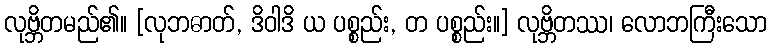
လုဗ္ဘိတမည်၏။ [လုဘဓာတ်, ဒိဝါဒိ ယ ပစ္စည်း, တ ပစ္စည်း။] လုဗ္ဘိတဿ၊ လောဘကြီးသော